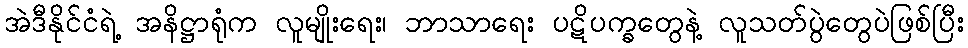
အဲဒီနိုင်ငံရဲ့ အနိဋ္ဌာရုံက လူမျိုးရေး၊ ဘာသာရေး ပဋိပက္ခတွေနဲ့ လူသတ်ပွဲတွေပဲဖြစ်ပြီး